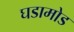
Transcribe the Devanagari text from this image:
घडामोड